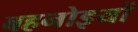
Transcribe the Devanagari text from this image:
बहनोइयों